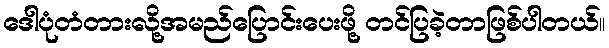
ဒေါပုံတံတားလို့အမည်ပြောင်းပေးဖို့ တင်ပြခဲ့တာဖြစ်ပါတယ်။